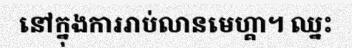
នៅក្នុងការរាប់លានមេហ្គា។ ឈ្នះ